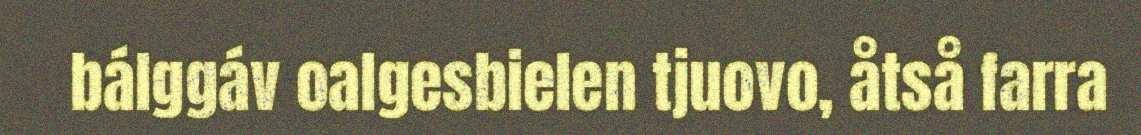
bálggáv oalgesbielen tjuovo, åtså farra